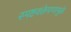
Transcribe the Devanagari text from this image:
स्पष्टवक्तेपणामुळे